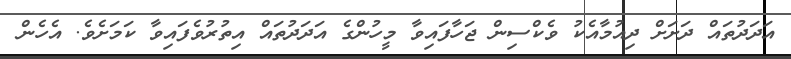
އަދަދުތައް ދަށަށް ދިއުމާއެކު ވެކްސިން ޖަހާފައިވާ މީހުންގެ އަދަދުތައް އިތުރުވެފައިވާ ކަމަށެވެ. އެހެން